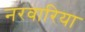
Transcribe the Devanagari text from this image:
नरवारिया